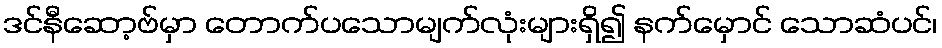
ဒင်နီဆော့ဗ်မှာ တောက်ပသောမျက်လုံးများရှိ၍ နက်မှောင် သောဆံပင်၊